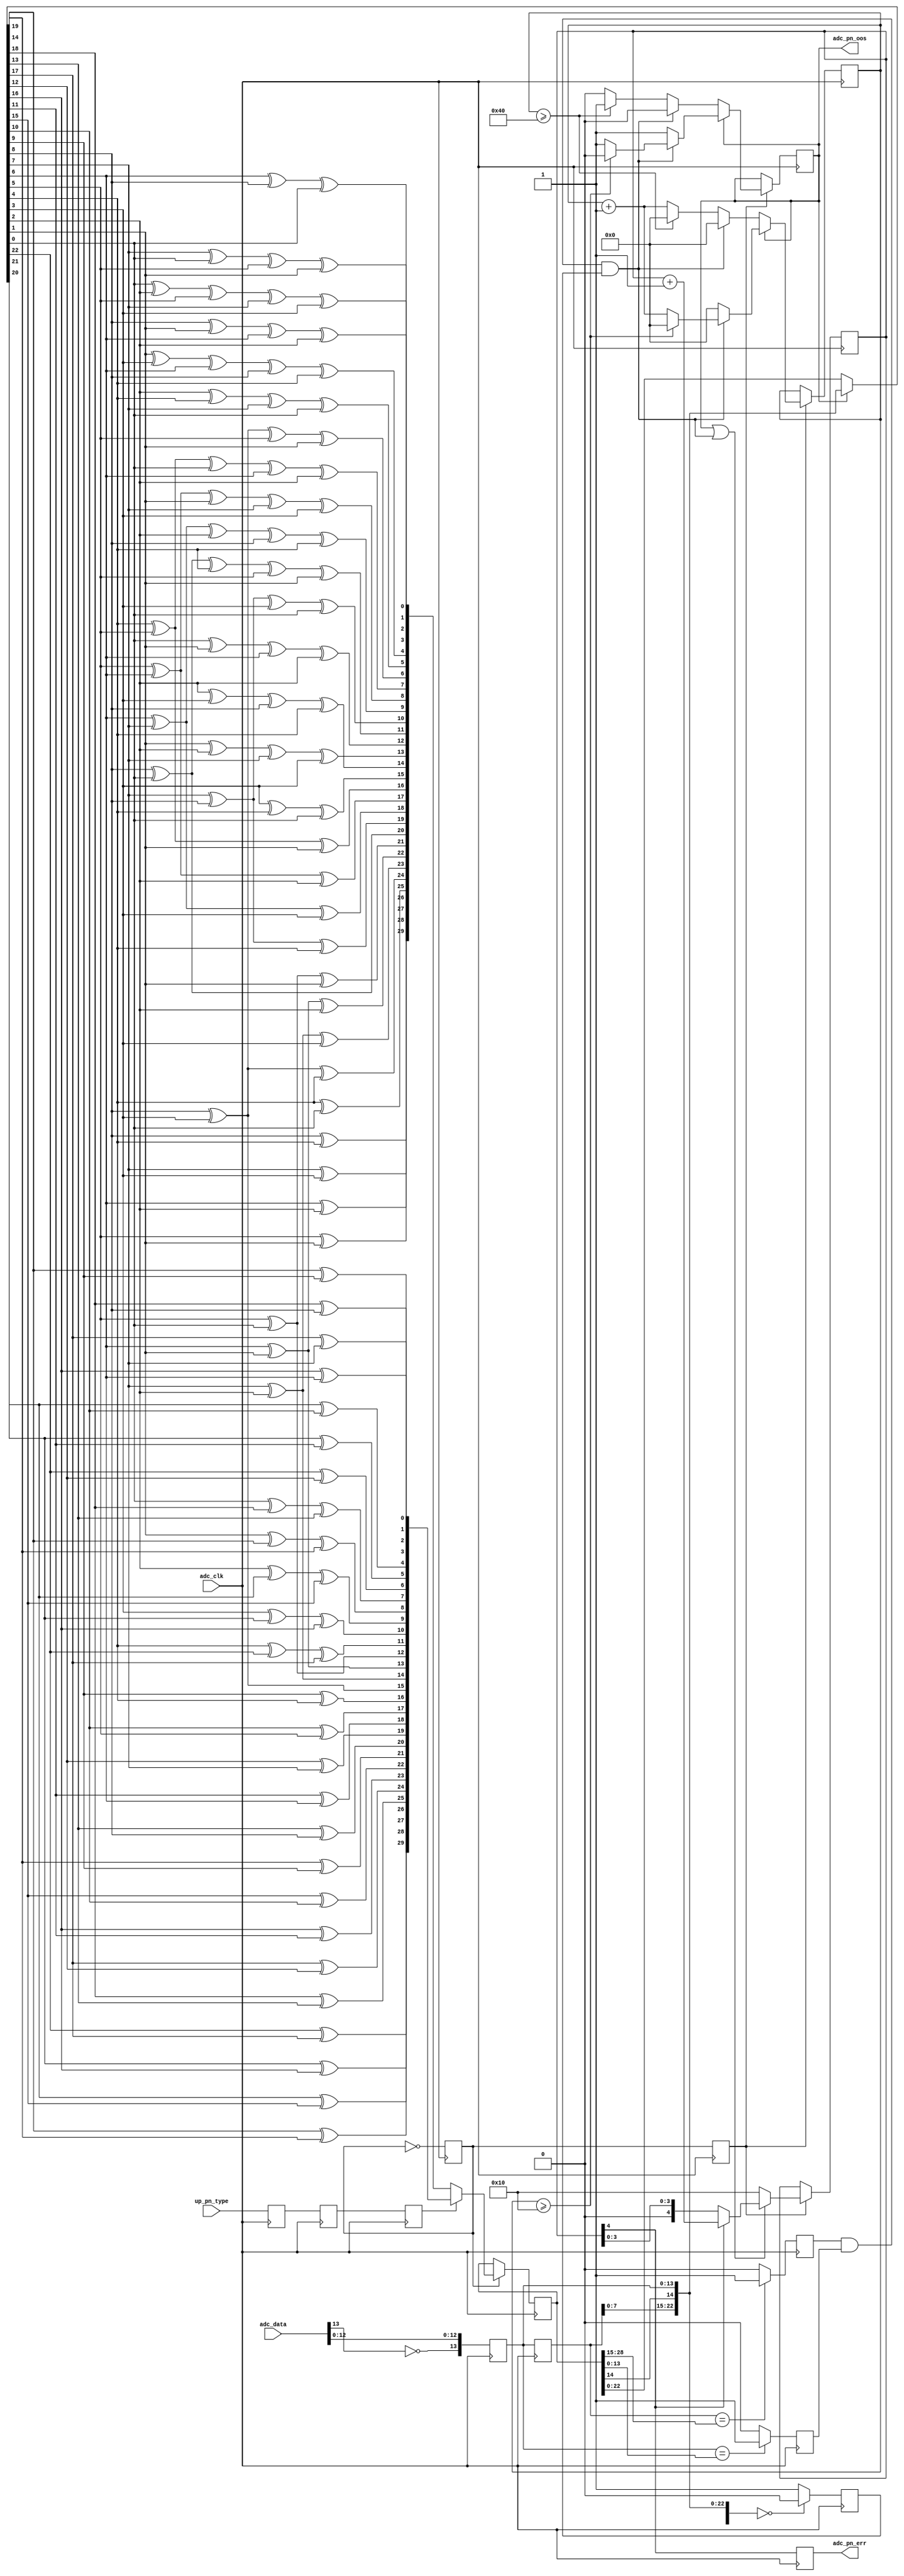
// ***************************************************************************
// ***************************************************************************
// Copyright 2011(c) Analog Devices, Inc.
// 
// All rights reserved.
// 
// Redistribution and use in source and binary forms, with or without modification,
// are permitted provided that the following conditions are met:
//     - Redistributions of source code must retain the above copyright
//       notice, this list of conditions and the following disclaimer.
//     - Redistributions in binary form must reproduce the above copyright
//       notice, this list of conditions and the following disclaimer in
//       the documentation and/or other materials provided with the
//       distribution.
//     - Neither the name of Analog Devices, Inc. nor the names of its
//       contributors may be used to endorse or promote products derived
//       from this software without specific prior written permission.
//     - The use of this software may or may not infringe the patent rights
//       of one or more patent holders.  This license does not release you
//       from the requirement that you obtain separate licenses from these
//       patent holders to use this software.
//     - Use of the software either in source or binary form, must be run
//       on or directly connected to an Analog Devices Inc. component.
//    
// THIS SOFTWARE IS PROVIDED BY ANALOG DEVICES "AS IS" AND ANY EXPRESS OR IMPLIED WARRANTIES,
// INCLUDING, BUT NOT LIMITED TO, NON-INFRINGEMENT, MERCHANTABILITY AND FITNESS FOR A
// PARTICULAR PURPOSE ARE DISCLAIMED.
//
// IN NO EVENT SHALL ANALOG DEVICES BE LIABLE FOR ANY DIRECT, INDIRECT, INCIDENTAL, SPECIAL,
// EXEMPLARY, OR CONSEQUENTIAL DAMAGES (INCLUDING, BUT NOT LIMITED TO, INTELLECTUAL PROPERTY
// RIGHTS, PROCUREMENT OF SUBSTITUTE GOODS OR SERVICES; LOSS OF USE, DATA, OR PROFITS; OR 
// BUSINESS INTERRUPTION) HOWEVER CAUSED AND ON ANY THEORY OF LIABILITY, WHETHER IN CONTRACT,
// STRICT LIABILITY, OR TORT (INCLUDING NEGLIGENCE OR OTHERWISE) ARISING IN ANY WAY OUT OF 
// THE USE OF THIS SOFTWARE, EVEN IF ADVISED OF THE POSSIBILITY OF SUCH DAMAGE.
// ***************************************************************************
// ***************************************************************************
// ***************************************************************************
// ***************************************************************************
// PN monitors

`timescale 1ns/100ps

module cf_pnmon (

  // adc interface
  adc_clk,
  adc_data,

  // pn out of sync and error
  adc_pn_oos,
  adc_pn_err,

  // processor interface PN9 (0x0), PN23 (0x1)
  up_pn_type);

  // adc interface
  input           adc_clk;
  input   [13:0]  adc_data;

  // pn out of sync and error
  output          adc_pn_oos;
  output          adc_pn_err;

  // processor interface PN9 (0x0), PN23 (0x1)
  input           up_pn_type;

  reg             adc_pn_type_m1 = 'd0;
  reg             adc_pn_type_m2 = 'd0;
  reg             adc_pn_type = 'd0;
  reg             adc_pn_en = 'd0;
  reg     [13:0]  adc_data_in = 'd0;
  reg     [13:0]  adc_data_d = 'd0;
  reg     [29:0]  adc_pn_data = 'd0;
  reg             adc_pn_en_d = 'd0;
  reg             adc_pn_match0 = 'd0;
  reg             adc_pn_match1 = 'd0;
  reg             adc_pn_match2 = 'd0;
  reg     [ 6:0]  adc_pn_oos_count = 'd0;
  reg             adc_pn_oos = 'd0;
  reg     [ 4:0]  adc_pn_err_count = 'd0;
  reg             adc_pn_err = 'd0;

  wire    [29:0]  adc_pn_data_in_s;
  wire            adc_pn_match0_s;
  wire            adc_pn_match1_s;
  wire            adc_pn_match2_s;
  wire            adc_pn_match_s;
  wire    [29:0]  adc_pn_data_s;
  wire            adc_pn_err_s;

  // PN23 function

  function [29:0] pn23;
    input [29:0] din;
    reg   [29:0] dout;
    begin
      dout[29] = din[22] ^ din[17];
      dout[28] = din[21] ^ din[16];
      dout[27] = din[20] ^ din[15];
      dout[26] = din[19] ^ din[14];
      dout[25] = din[18] ^ din[13];
      dout[24] = din[17] ^ din[12];
      dout[23] = din[16] ^ din[11];
      dout[22] = din[15] ^ din[10];
      dout[21] = din[14] ^ din[ 9];
      dout[20] = din[13] ^ din[ 8];
      dout[19] = din[12] ^ din[ 7];
      dout[18] = din[11] ^ din[ 6];
      dout[17] = din[10] ^ din[ 5];
      dout[16] = din[ 9] ^ din[ 4];
      dout[15] = din[ 8] ^ din[ 3];
      dout[14] = din[ 7] ^ din[ 2];
      dout[13] = din[ 6] ^ din[ 1];
      dout[12] = din[ 5] ^ din[ 0];
      dout[11] = din[ 4] ^ din[22] ^ din[17];
      dout[10] = din[ 3] ^ din[21] ^ din[16];
      dout[ 9] = din[ 2] ^ din[20] ^ din[15];
      dout[ 8] = din[ 1] ^ din[19] ^ din[14];
      dout[ 7] = din[ 0] ^ din[18] ^ din[13];
      dout[ 6] = din[22] ^ din[12];
      dout[ 5] = din[21] ^ din[11];
      dout[ 4] = din[20] ^ din[10];
      dout[ 3] = din[19] ^ din[ 9];
      dout[ 2] = din[18] ^ din[ 8];
      dout[ 1] = din[17] ^ din[ 7];
      dout[ 0] = din[16] ^ din[ 6];
      pn23 = dout;
    end
  endfunction

  // PN9 function

  function [29:0] pn9;
    input [29:0] din;
    reg   [29:0] dout;
    begin
      dout[29] = din[ 8] ^ din[ 4];
      dout[28] = din[ 7] ^ din[ 3];
      dout[27] = din[ 6] ^ din[ 2];
      dout[26] = din[ 5] ^ din[ 1];
      dout[25] = din[ 4] ^ din[ 0];
      dout[24] = din[ 3] ^ din[ 8] ^ din[ 4];
      dout[23] = din[ 2] ^ din[ 7] ^ din[ 3];
      dout[22] = din[ 1] ^ din[ 6] ^ din[ 2];
      dout[21] = din[ 0] ^ din[ 5] ^ din[ 1];
      dout[20] = din[ 8] ^ din[ 0];
      dout[19] = din[ 7] ^ din[ 8] ^ din[ 4];
      dout[18] = din[ 6] ^ din[ 7] ^ din[ 3];
      dout[17] = din[ 5] ^ din[ 6] ^ din[ 2];
      dout[16] = din[ 4] ^ din[ 5] ^ din[ 1];
      dout[15] = din[ 3] ^ din[ 4] ^ din[ 0];
      dout[14] = din[ 2] ^ din[ 3] ^ din[ 8] ^ din[ 4];
      dout[13] = din[ 1] ^ din[ 2] ^ din[ 7] ^ din[ 3];
      dout[12] = din[ 0] ^ din[ 1] ^ din[ 6] ^ din[ 2];
      dout[11] = din[ 8] ^ din[ 0] ^ din[ 4] ^ din[ 5] ^ din[ 1];
      dout[10] = din[ 7] ^ din[ 8] ^ din[ 3] ^ din[ 0];
      dout[ 9] = din[ 6] ^ din[ 7] ^ din[ 2] ^ din[ 8] ^ din[ 4];
      dout[ 8] = din[ 5] ^ din[ 6] ^ din[ 1] ^ din[ 7] ^ din[ 3];
      dout[ 7] = din[ 4] ^ din[ 5] ^ din[ 0] ^ din[ 6] ^ din[ 2];
      dout[ 6] = din[ 3] ^ din[ 8] ^ din[ 5] ^ din[ 1];
      dout[ 5] = din[ 2] ^ din[ 4] ^ din[ 7] ^ din[ 0];
      dout[ 4] = din[ 1] ^ din[ 3] ^ din[ 6] ^ din[ 8] ^ din[ 4];
      dout[ 3] = din[ 0] ^ din[ 2] ^ din[ 5] ^ din[ 7] ^ din[ 3];
      dout[ 2] = din[ 8] ^ din[ 1] ^ din[ 6] ^ din[ 2];
      dout[ 1] = din[ 7] ^ din[ 0] ^ din[ 5] ^ din[ 1];
      dout[ 0] = din[ 6] ^ din[ 8] ^ din[ 0];
      pn9 = dout;
    end
  endfunction

  // This PN sequence checking algorithm is commonly used is most applications.
  // It is a simple function generated based on the OOS status.
  // If OOS is asserted (PN is OUT of sync):
  //    The next sequence is generated from the incoming data.
  //    If 16 sequences match CONSECUTIVELY, OOS is cleared (de-asserted).
  // If OOS is de-asserted (PN is IN sync)
  //    The next sequence is generated from the current sequence.
  //    If 64 sequences mismatch CONSECUTIVELY, OOS is set (asserted).
  // If OOS is de-asserted, any spurious mismatches sets the ERROR register.
  // Ideally, processor should make sure both OOS == 0x0 AND ERR == 0x0.

  assign adc_pn_data_in_s[29:15] = {adc_pn_data[29], adc_data_d};
  assign adc_pn_data_in_s[14:0] = {adc_pn_data[14], adc_data_in};
  assign adc_pn_match0_s = (adc_pn_data_in_s[28:15] == adc_pn_data[28:15]) ? 1'b1 : 1'b0;
  assign adc_pn_match1_s = (adc_pn_data_in_s[13:0] == adc_pn_data[13:0]) ? 1'b1 : 1'b0;
  assign adc_pn_match2_s = (adc_pn_data_in_s == 30'd0) ? 1'b0 : 1'b1;
  assign adc_pn_match_s = adc_pn_match0 & adc_pn_match1 & adc_pn_match2;
  assign adc_pn_data_s = (adc_pn_oos == 1'b1) ? adc_pn_data_in_s : adc_pn_data;
  assign adc_pn_err_s = ~(adc_pn_oos | adc_pn_match_s);

  // PN running sequence

  always @(posedge adc_clk) begin
    adc_pn_type_m1 <= up_pn_type;
    adc_pn_type_m2 <= adc_pn_type_m1;
    adc_pn_type <= adc_pn_type_m2;
    adc_pn_en <= ~adc_pn_en;
    adc_data_in <= {~adc_data[13], adc_data[12:0]};
    adc_data_d <= adc_data_in;
    if (adc_pn_en == 1'b1) begin
      if (adc_pn_type == 1'b0) begin
        adc_pn_data <= pn9(adc_pn_data_s);
      end else begin
        adc_pn_data <= pn23(adc_pn_data_s);
      end
    end
  end

  // PN OOS and counters (16 to clear, 64 to set). These numbers are actually determined
  // based on BER parameters set by the system (usually in network applications).

  always @(posedge adc_clk) begin
    adc_pn_en_d <= adc_pn_en;
    adc_pn_match0 <= adc_pn_match0_s;
    adc_pn_match1 <= adc_pn_match1_s;
    adc_pn_match2 <= adc_pn_match2_s;
    if (adc_pn_en_d == 1'b1) begin
      if (adc_pn_oos == 1'b1) begin
        if (adc_pn_match_s == 1'b1) begin
          if (adc_pn_oos_count >= 16) begin
            adc_pn_oos_count <= 'd0;
            adc_pn_oos <= 'd0;
          end else begin
            adc_pn_oos_count <= adc_pn_oos_count + 1'b1;
            adc_pn_oos <= 'd1;
          end
        end else begin
          adc_pn_oos_count <= 'd0;
          adc_pn_oos <= 'd1;
        end
      end else begin
        if (adc_pn_match_s == 1'b0) begin
          if (adc_pn_oos_count >= 64) begin
            adc_pn_oos_count <= 'd0;
            adc_pn_oos <= 'd1;
          end else begin
            adc_pn_oos_count <= adc_pn_oos_count + 1'b1;
            adc_pn_oos <= 'd0;
          end
        end else begin
          adc_pn_oos_count <= 'd0;
          adc_pn_oos <= 'd0;
        end
      end
    end
  end

  // The error state is streched to multiple adc clocks such that processor
  // has enough time to sample the error condition.
    
  always @(posedge adc_clk) begin
    if (adc_pn_en_d == 1'b1) begin
      if (adc_pn_err_s == 1'b1) begin
        adc_pn_err_count <= 5'h10;
      end else if (adc_pn_err_count[4] == 1'b1) begin
        adc_pn_err_count <= adc_pn_err_count + 1'b1;
      end
    end
    adc_pn_err <= adc_pn_err_count[4];
  end

endmodule

// ***************************************************************************
// ***************************************************************************